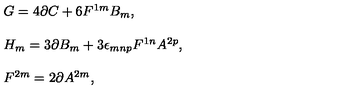
\begin{array} { r c l } { } & { } & { G = 4 \partial C + 6 F ^ { 1 m } B _ { m } , } \\ { } & { } & { } \\ { } & { } & { H _ { m } = 3 \partial B _ { m } + 3 \epsilon _ { m n p } F ^ { 1 n } A ^ { 2 p } , } \\ { } & { } & { } \\ { } & { } & { F ^ { 2 m } = 2 \partial A ^ { 2 m } , } \\ \end{array}